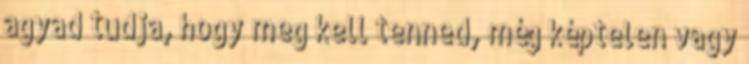
agyad tudja, hogy meg kell tenned, még képtelen vagy